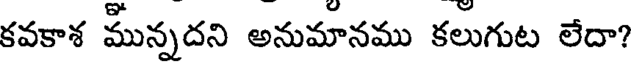
కవకాశ మున్నదని అనుమానము కలుగుట లేదా?